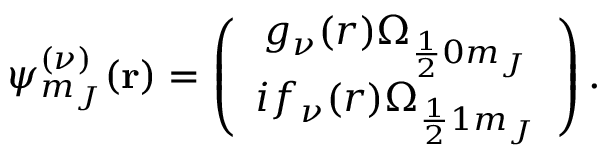
\psi _ { m _ { J } } ^ { ( \nu ) } ( \mathbf { r } ) = \left( \begin{array} { c } { g _ { \nu } ( r ) \Omega _ { \frac { 1 } { 2 } 0 m _ { J } } } \\ { i f _ { \nu } ( r ) \Omega _ { \frac { 1 } { 2 } 1 m _ { J } } } \end{array} \right) .